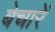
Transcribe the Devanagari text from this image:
बेचारें